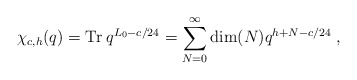
\begin{align*}\chi _{c,h }(q)=\textrm{Tr}\:q^{L_{0}-c/24}=\sum_{N =0}^{\infty }\dim (N )q^{h +N -c/24}\;,\end{align*}